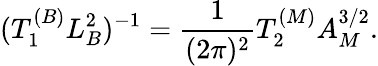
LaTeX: (T_{1}^{(B)}L_{B}^{2})^{-1}={\frac{1}{(2\pi)^{2}}}T_{2}^{(M)}A_{M}^{3/2}.